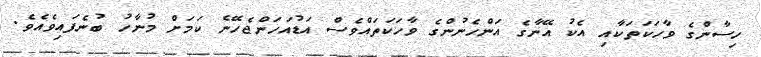
ހިސާންގެ ވާހަކަތަކާއި އެކު އޭނާގެ އަންހެނުންގެ ވާހަކަތައްވެސް އަޑުއަހަންޖެހޭނެ ކަމަށް މުނާހު ބުނެފައިވެއެވެ.